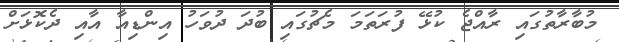
މުބާރާތުގައި ރާއްޖެ ކުޅޭ ފުރަތަމަ މެޗުގައި ބުދަ ދުވަހު އިންޑިއާ އާއި ދެކޮޅަށް